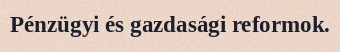
Pénzügyi és gazdasági reformok.